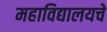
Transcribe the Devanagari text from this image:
महाविद्यालयचे